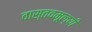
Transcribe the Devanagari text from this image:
वास्तवमूल्यी